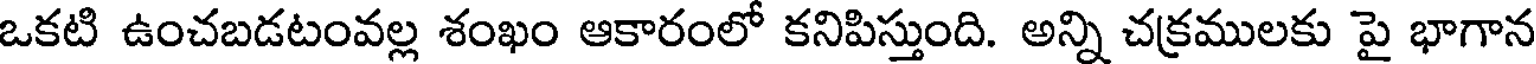
ఒకటి ఉంచబడటంవల్ల శంఖం ఆకారంలో కనిపిస్తుంది. అన్ని చక్రములకు పై భాగాన